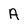
Character: A